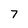
Character: 7